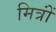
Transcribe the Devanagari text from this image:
मित्रोंं